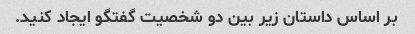
بر اساس داستان زیر بین دو شخصیت گفتگو ایجاد کنید.